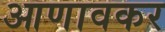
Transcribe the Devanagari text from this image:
आणावकर